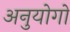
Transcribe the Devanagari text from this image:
अनुयोगों